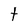
Character: t